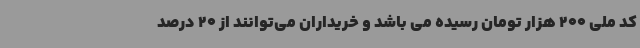
کد ملی 200 هزار تومان رسیده می باشد و خریداران می‌توانند از 20 درصد